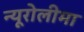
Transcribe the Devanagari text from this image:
न्यूरोलीमा